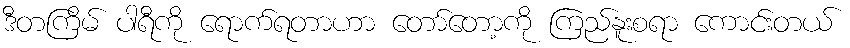
ဒီတကြိမ် ပါရီကို ရောက်ရတာဟာ တော်တော့ကို ကြည်နူးစရာ ကောင်းတယ်